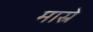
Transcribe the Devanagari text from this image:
मास्रे